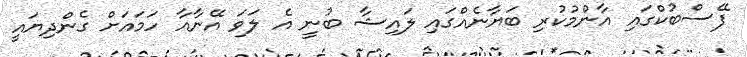
ފޭސްބުކްގައި އާންމުކުރި ބަޔާނެއްގައި ލައިޝާ ބުނީ އެ ލަވަ އޭނާއާ ހަމައަށް ގެންދިޔައީ